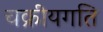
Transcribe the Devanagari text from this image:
चक्रीयगति